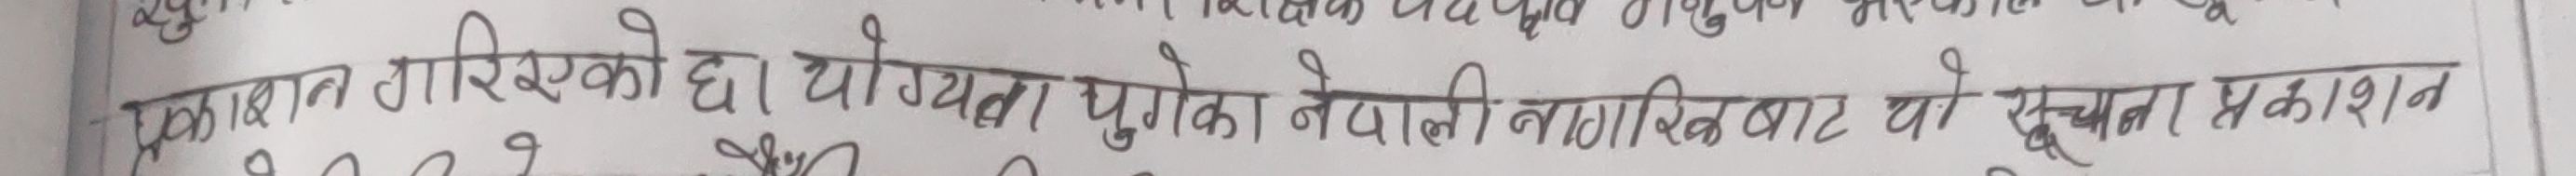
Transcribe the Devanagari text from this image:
एकशत तारिएको छ। योग्यता पुगेका नेपाली नागरिकबाट यो सूचना प्रकाशन